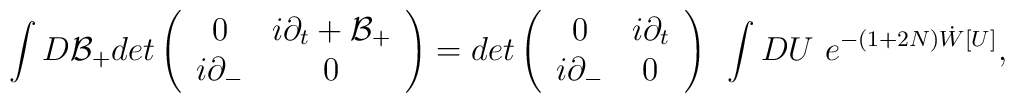
\int D{\cal B}_+ det \left( \begin{array}{cc}                   0   &i \partial_t + {\cal B}_+\\                   i \partial_- & 0                   \end{array} \right) = det \left( \begin{array}{cc}                                            0   &i \partial_t  \\                                            i \partial_- & 0                                            \end{array} \right)~\int DU~                                            e^{-(1 + 2 N) \dot{W}[U]},